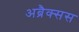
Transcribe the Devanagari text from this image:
अब्रैक्सस